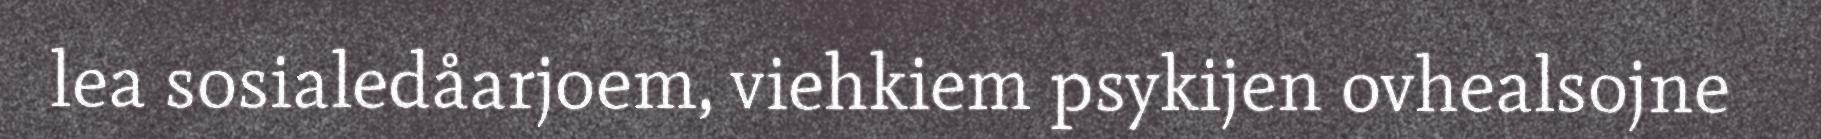
lea sosialedåarjoem, viehkiem psykijen ovhealsojne